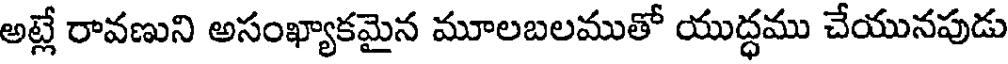
అట్లే రావణుని అసంఖ్యాకమైన మూలబలముతో యుద్ధము చేయునపుడు